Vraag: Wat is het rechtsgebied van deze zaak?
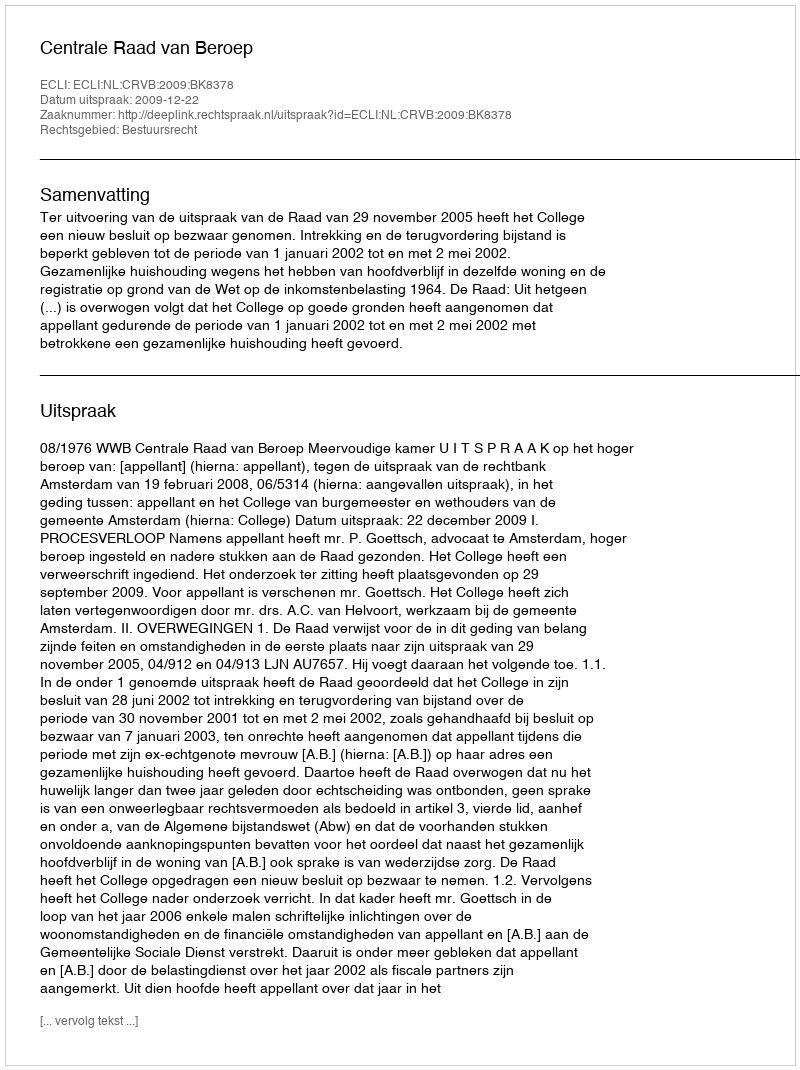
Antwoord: Bestuursrecht